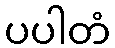
ပပါတံ